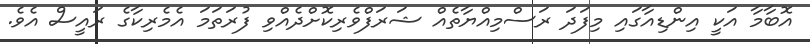
އޮބާމާ އަކީ އިންޑިއާގައި މިފަދަ ރަސްމިއްޔާތެއް ޝަރަފްވެރިކޮށްދެއްވި ފުރަތަމަ އެމެރިކާގެ ރައީސް އެވެ.